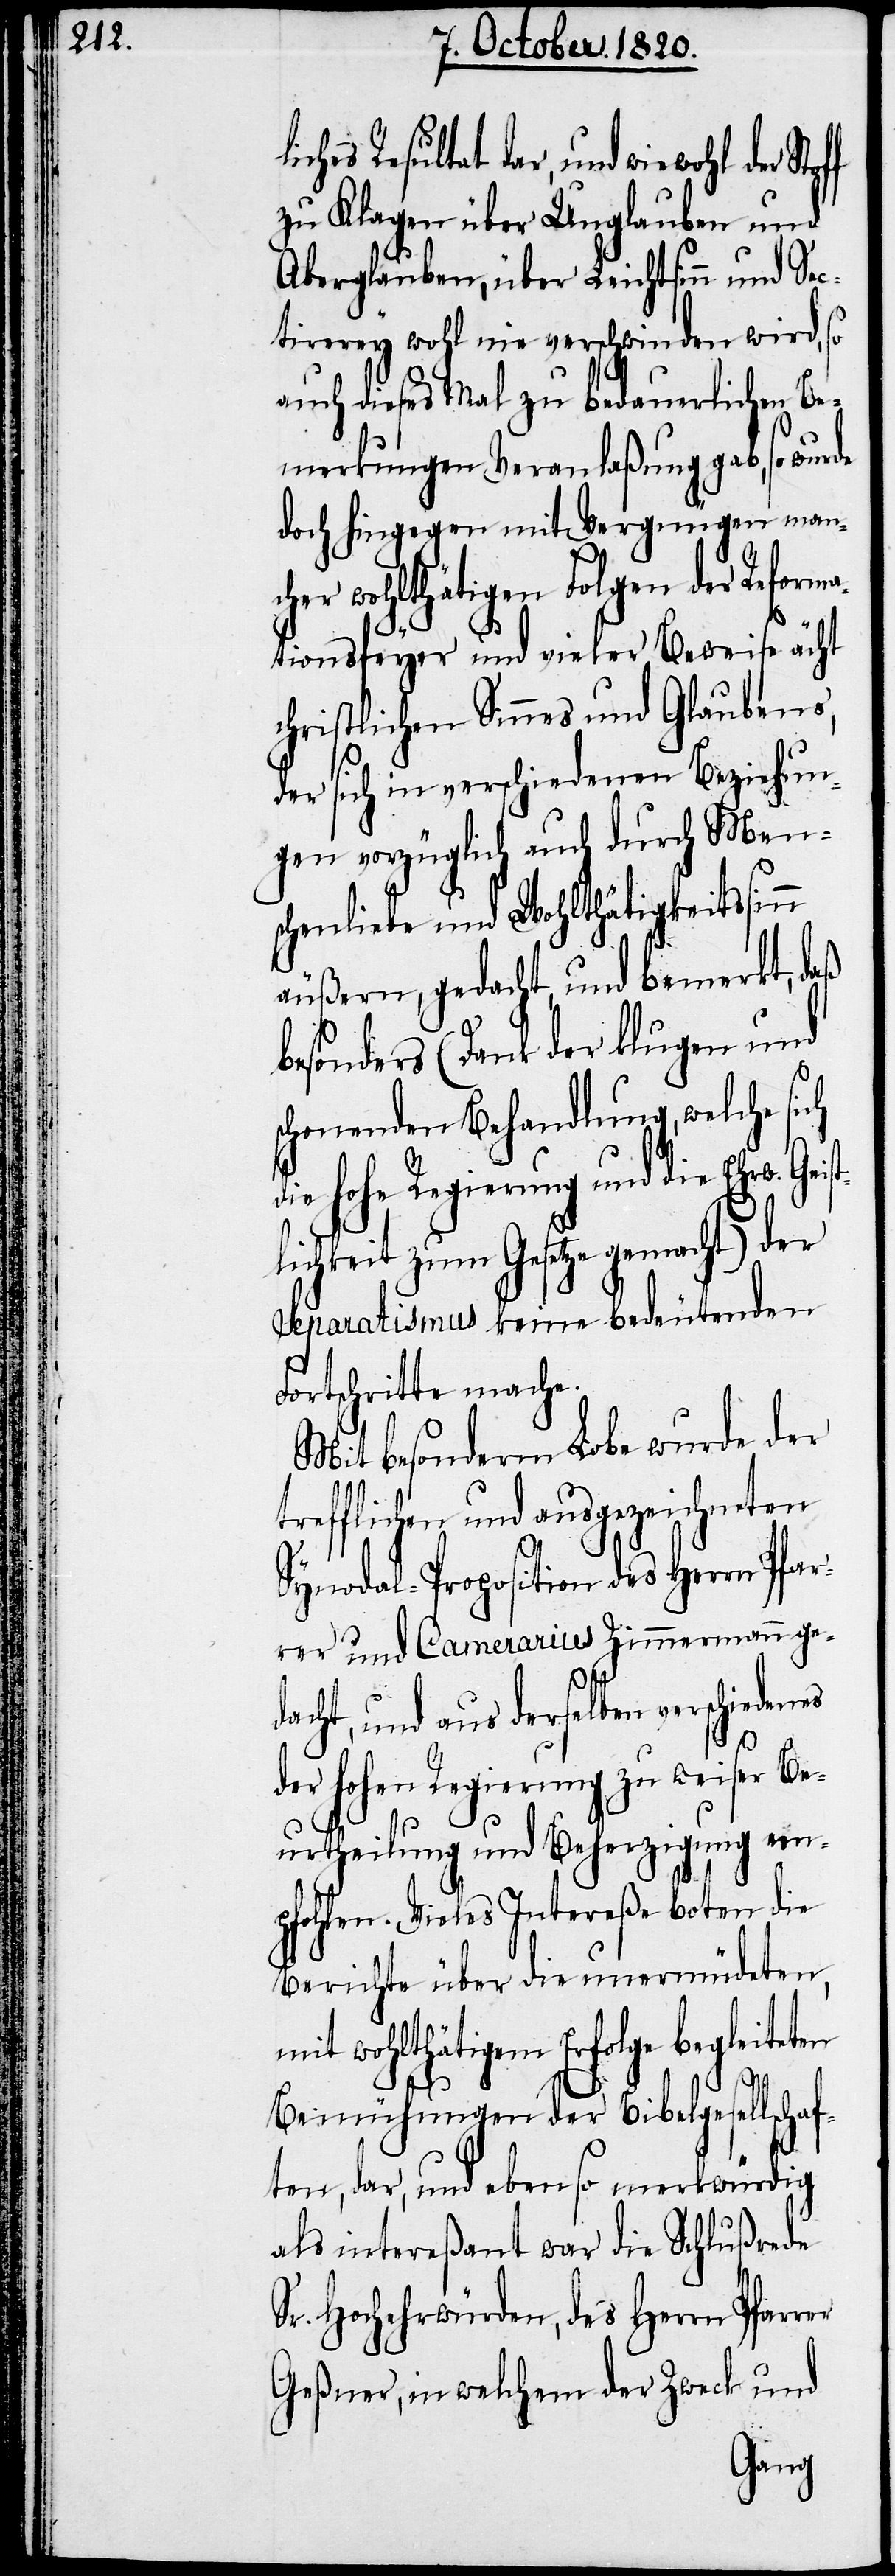
Resultat der, und wiewohl der
zu Klagen über Unglauben und
Aberglauben, über Leichtsinn und Se¬
ctirerey wohl nie verschwinden wird, so
auch dieses Mal zu bedauerlichen Be¬
merkungen Veranlaßung gab, so wur¬
doch hingegen mit Vergnügen man¬
cher wohlthätigen Folgen der Reforma¬
tionsfeyer und vieler Beweise ächt
schriftlichen Sinnes und Glaubens,
der sich in verschiedenen Beziehun¬
gen vorzüglich auch durch Men¬
schenliebe und Wohlthätigkeitssin¬
äußern, gedacht, und bemerkt, daß
besonders (Dank der klugen und
schonenden Behandlung, welche sich
die hohe Regierung und die Ehrw.
lichkeit zum Gesetze gemacht) der
Separatismus keine bedeutenden
Fortschritte mache.
Mit besonderm Lobe wurde der
trefflichen und ausgezeichneten
Synodal-Proposition des Herrn Pfar¬
rer und Camerarius Zimmermann ged¬
acht, und aus derselben verschie¬
der hohen Regierung zu weiser Be¬
urtheilung und Beherzigung em¬
pfohlen. Vieles Intereße boten die
Berichte über die unermüdeten,
mit wohlthätigem Erfolge begleiteten
er
Bemühungen der Bibelgesellschaf¬
ten, dar, und ebenso merkwürdig
als intereßant war die Schlußrede
Sr. Hochehrwürden, des Herrn Pfarr¬
Geßner, in welchem der Zweck und
denes